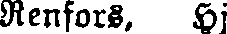
Renfors, Hj